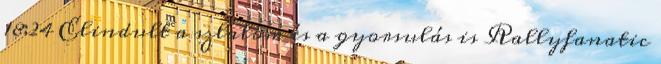
18:24 Elindult a szlalom és a gyorsulás is Rallyfanatic